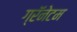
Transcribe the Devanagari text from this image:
ग्रॅनेटम